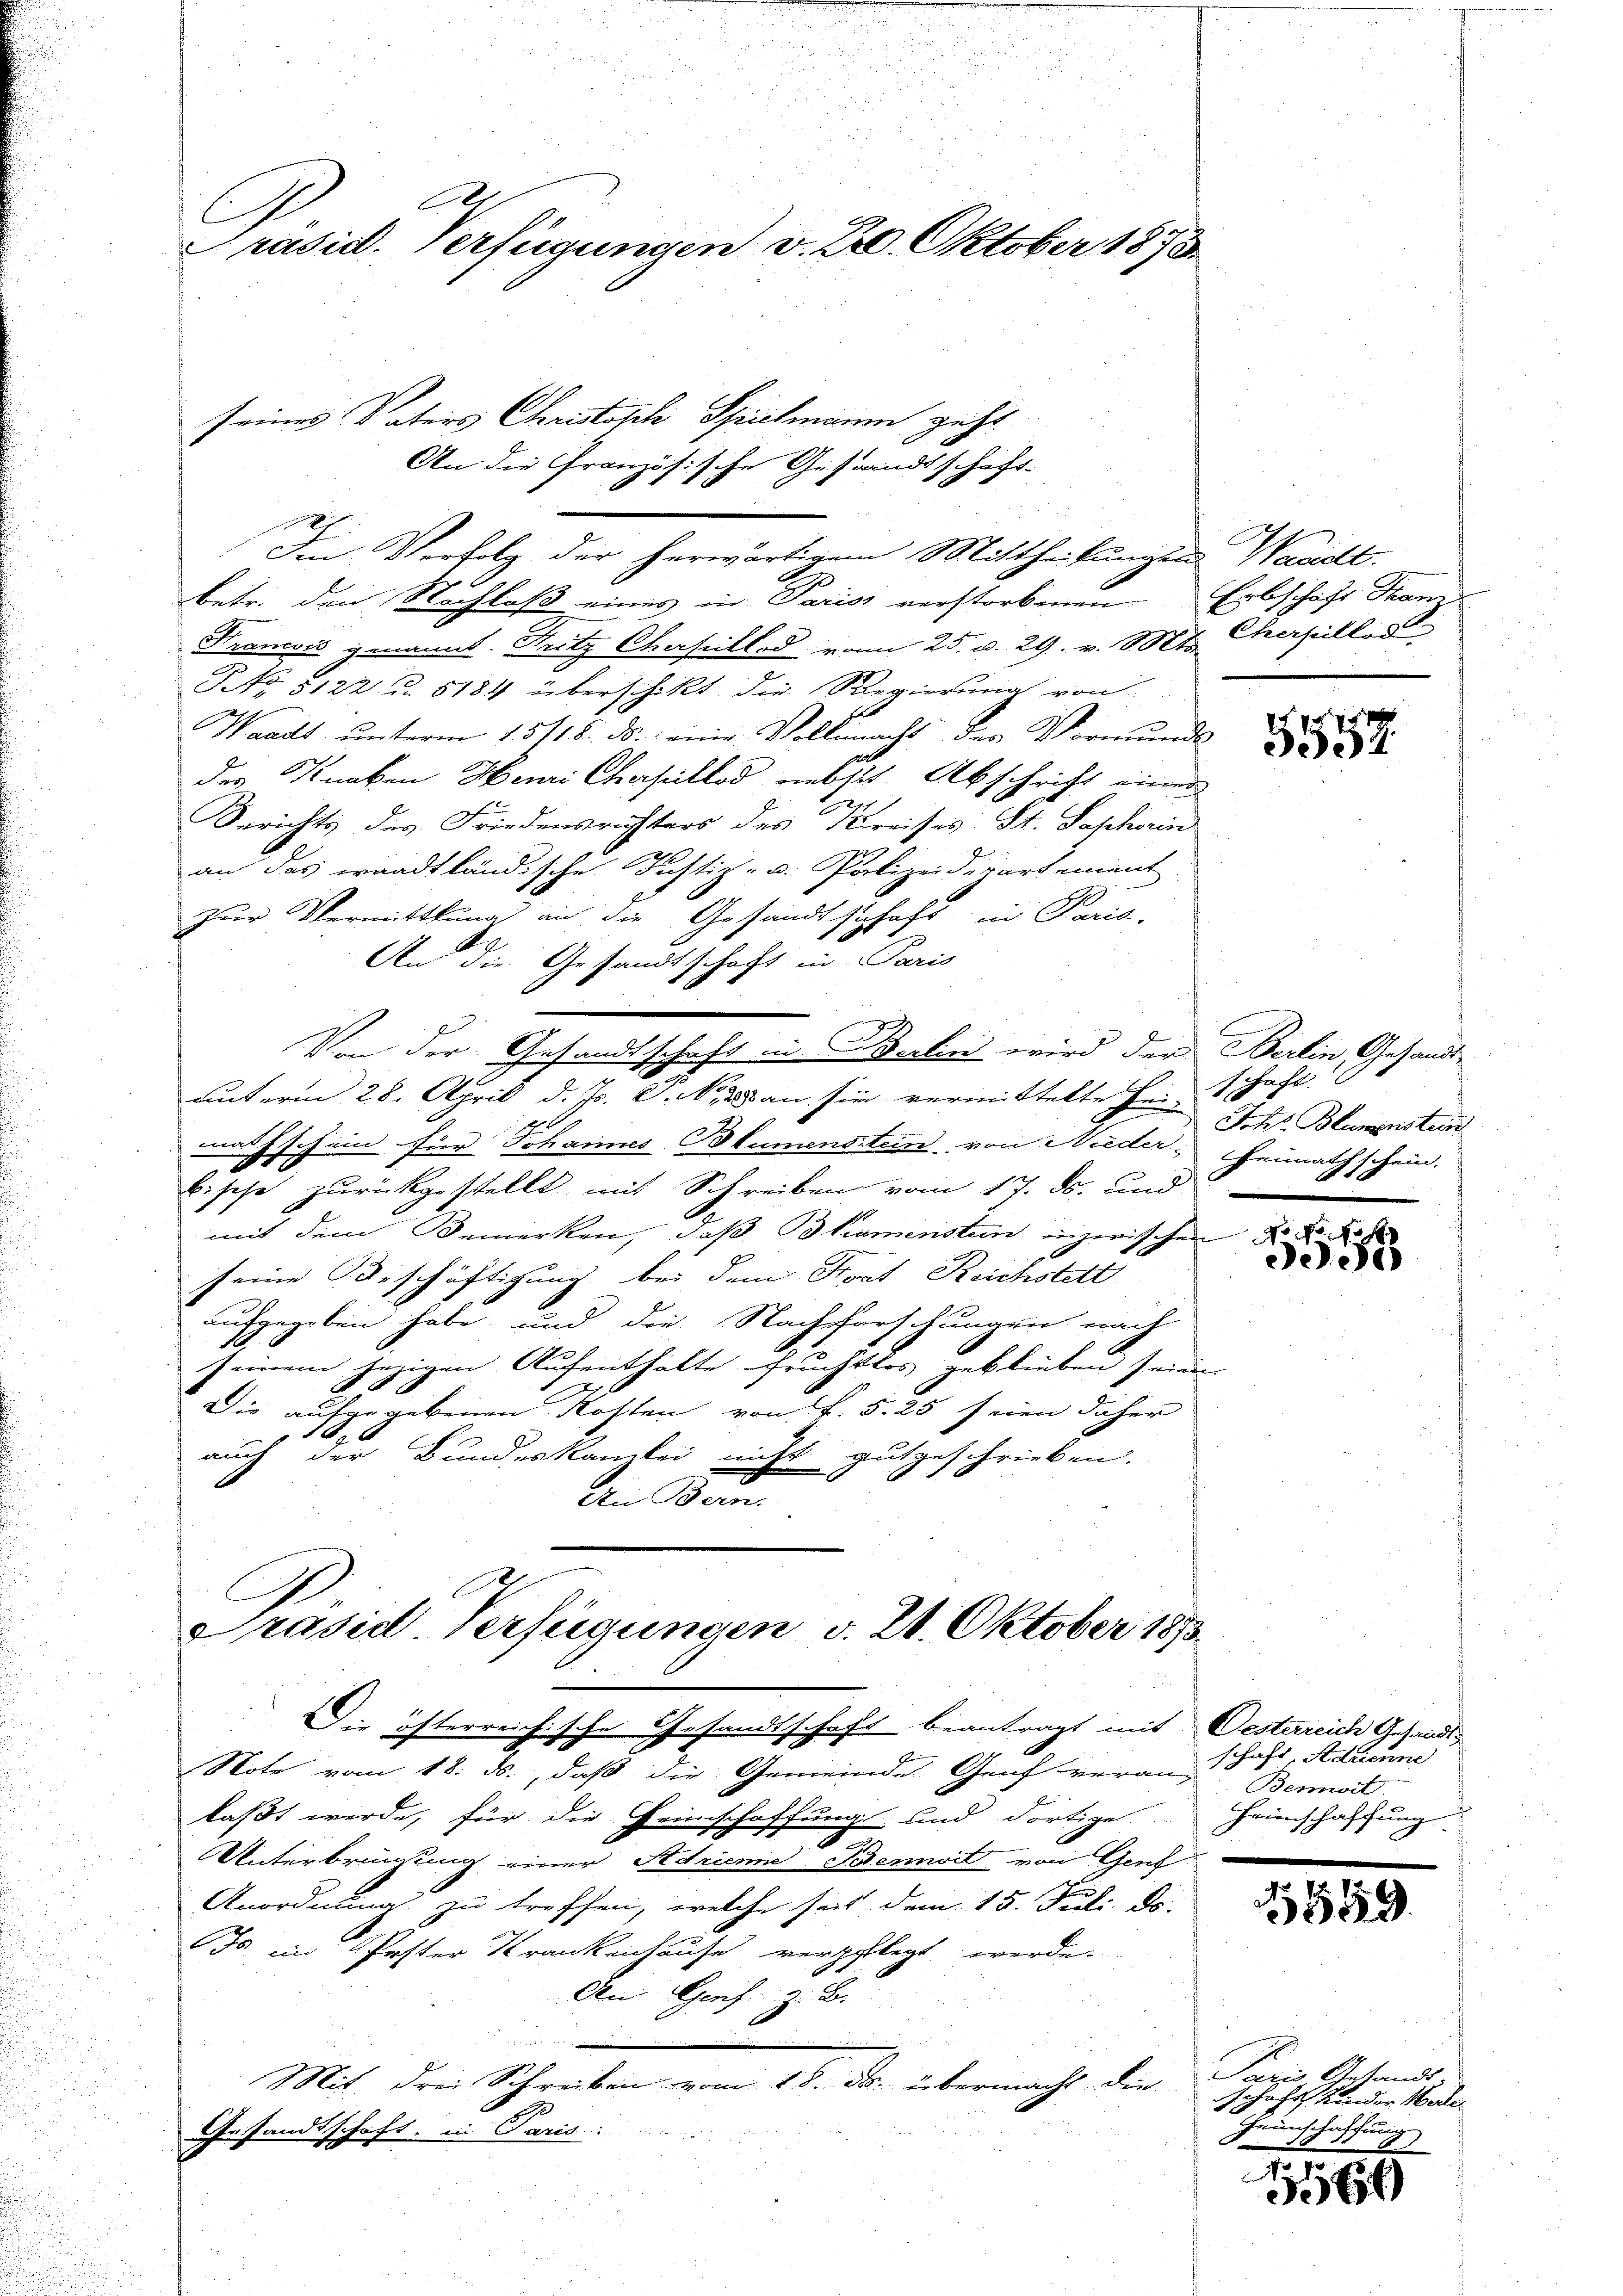
Präsid. Verfügungen v. 2. Oktober 1873

seines Vaters Christisch Spielmann geht

Im Verfolg der herwärtigem Mittheilungen Waridt.
betr. den Nachlaß eines in Paris verstorbenen Erbschaft Fam
Krancois genannt. Fritz Oherheitlod, von 25. d. 29. v. Mts. Cherpilles
NNo 5122 u. 5184 überschikt die Regierung von
Waadt ŭnterm 15/18. ds. eine Vollmacht des Vormunds
des Knaben Henri Cherseillod nebst Abschrift einer
Berichts des Friedensrichters des Kreises St. Saphorin
an das waadtländische Justiz- u. Polizeidepartement
zur Vermittlung an die Gesandtschaft in Paris.
An die Gesandtschaft in Paris
Von der Gesandtschaft in Berlin wird der Berlin Gesandt-
unterm 28. April d. Js. d. M. an sie vermittelte Hei-
mathschein für Johannes Blumensstein, von Nieder Heimathschein.
bische zurückgestellt mit Schreiben vom 17. ds. und
60
mit dem Bemerken, daß kamenstein inzwischen
seine Beschäftigung bei dem Fort Reichstett
aufgegeben habe, und die Nachforschungen nach
e
seinem jezigen Aufenthalte fruchtlos geblieben seinen
Die aufgegebenen Kosten von P. 5. 25 seien daher
16
e
auch der Bundeskanzlei nicht gutgeschrieben.
Ai Bern.

Präsid Verfügungen v. 21. Oktober 1873.

Die öfterreichische Gesandtschaft beantragt mit Oesterreich Gesandt¬
Note vom 18. ds., daß die Gemeinde Genf veran Jahr, Adrianne
laßt werde, für die Heimschaffung und dortige
UUnterbrünsung einer Adriene Bennit von Genf
Anordnung zu treffen, welche seit dem 15. Juli d.
Is im Poster Krankenhause verpflegt werde.
An Genf z. B.
Mit drei Schreiben vom 18. ds. übermacht die
Gesandtschaft, in Paris:

An die Französische Gestandtschaft-

5557.

haht.
Siche
Johs. Blumenstein

Po No 10 f
e

Bemit
Heimschaffung.

1559.

Paris Gestands-
schaft Kinder Morde
Heimschaffung

116